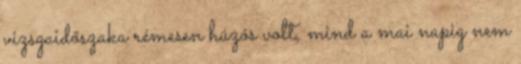
vizsgaidőszaka rémesen húzós volt, mind a mai napig nem